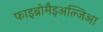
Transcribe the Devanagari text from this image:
फाइब्रोमैइअल्जिआ